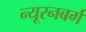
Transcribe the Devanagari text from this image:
न्यूरनबर्ग